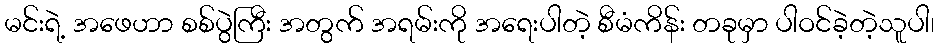
မင်းရဲ့ အဖေဟာ စစ်ပွဲကြီး အတွက် အရမ်းကို အရေးပါတဲ့ စီမံကိန်း တခုမှာ ပါဝင်ခဲ့တဲ့သူပါ၊